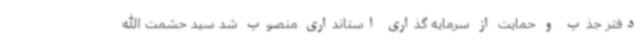
دفتر جذب و حمایت از سرمایه گذاری استانداری منصوب شد سید حشمت الله